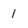
Character: 1